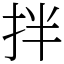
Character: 拌